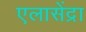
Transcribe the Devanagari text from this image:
एलासेंद्रा